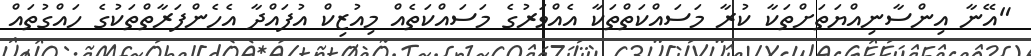
"އޭނާ އިންސާނިއްޔަތަށްތަކާ ކުރާ މަސައްްކަތްތަކާ އެއްވަރުގެ މަސައްކަތެއް މިއުޒިކް އުފައްދާ އެހެންފަރާތްތަކުގެ ހައްގުތައް